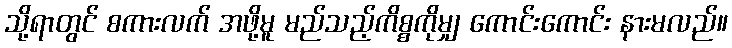
သို့ရာတွင် စကားလက် အဖို့မူ မည်သည့်ကိစ္စကိုမျှ ကောင်းကောင်း နားမလည်။